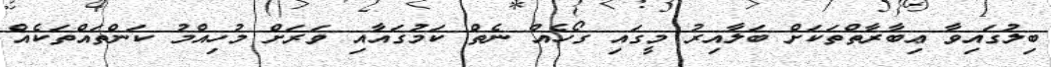
ބިލުގައިވާ ޢިބާރާތްތަކަށް ބަލާއިރު މީގައި ގޯހެއް ނެތް ކަމުގައާއި ވަރަށް މުހިއްމު ކަންތައްތަކެއް